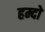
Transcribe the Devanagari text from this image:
हम्दो